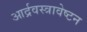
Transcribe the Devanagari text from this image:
आर्द्रवस्त्रावेष्टन